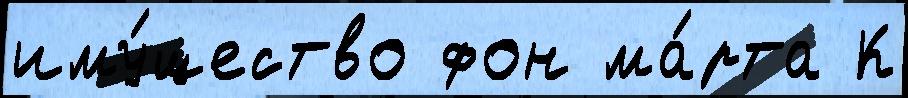
иму́щество фон ма́рта К